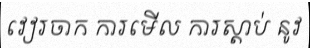
វៀរចាក ការមើល ការស្តាប់ នូវ